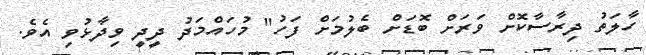
ހާލަތު ދިރާސާކޮށް ވަރަށް ބޮޑަށް ބެލުމަށް ފަހު" މުހައްމަދު ދީދީ ވިދާޅުވި އެވެ.